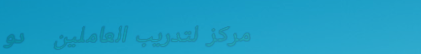
مركز لتدريب العاملين   دو